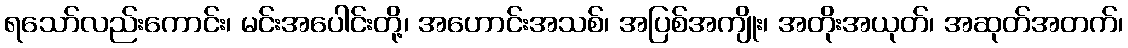
ရသော်လည်းကောင်း၊ မင်းအပေါင်းတို့၊ အဟောင်းအသစ်၊ အပြစ်အကျိုး၊ အတိုးအယုတ်၊ အဆုတ်အတက်၊